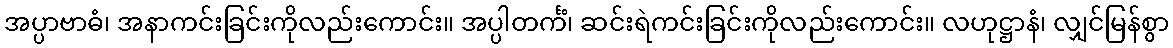
အပ္ပာဗာဓံ၊ အနာကင်းခြင်းကိုလည်းကောင်း။ အပ္ပါတင်္ကံ၊ ဆင်းရဲကင်းခြင်းကိုလည်းကောင်း။ လဟုဋ္ဌာနံ၊ လျှင်မြန်စွာ